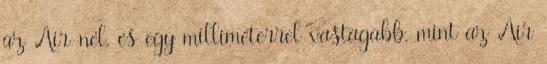
az Air-nél, és egy milliméterrel vastagabb, mint az Air